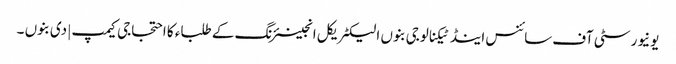
یونیورسٹی آف سائنس اینڈ ٹیکنالوجی بنوں الیکٹریکل انجینئرنگ کے طلباء کا احتجاجی کیمپ | دی بنوں ۔